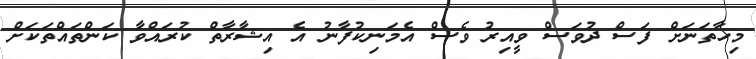
މިހާތަނަށް ފަސް ދުވަސް ވީއިރު ވެސް އެމަނިކުފާނު އެ އިޝާރާތް ކުރައްވާ ކަންތައްތަކަށް